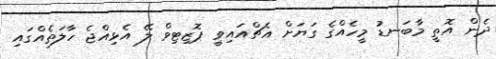
ދެން އޮތީ މާބަނޑު މީހެއްގެ ގަޔަށް އެޗްއައިވީ ޕޮޒިޓިވް ލޭ އެޅިއްޖެ ހާލަތެއްގައި